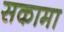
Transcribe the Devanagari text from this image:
सकामा